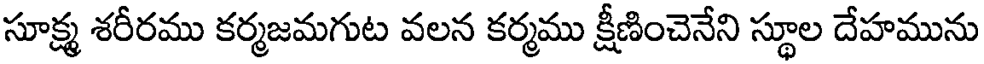
సూక్ష్మ శరీరము కర్మజమగుట వలన కర్మము క్షీణించెనేని స్థూల దేహమును